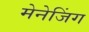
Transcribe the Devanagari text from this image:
मेनेजिंग